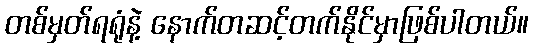
တစ်မှတ်ရရုံနဲ့ နောက်တဆင့်တက်နိုင်မှာဖြစ်ပါတယ်။